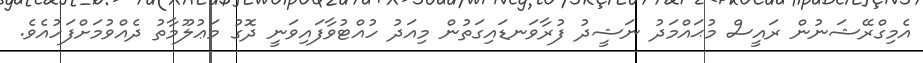
އެމިގްރޭޝަނުން ރައީސް މުޙައްމަދު ނަޝީދު ފުރާވަނޑައިގަތުން މިއަދު ހުއްޓުވާފައިވަނީ ދޮގު މަޢުލޫމާތު ދެއްވުމަށްފަހުއެވެ.